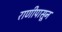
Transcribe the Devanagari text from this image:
राणीपासून